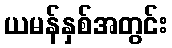
ယမန်နှစ်အတွင်း